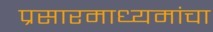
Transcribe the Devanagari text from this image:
प्रसारमाध्यमांचा